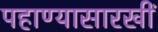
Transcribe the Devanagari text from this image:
पहाण्यासारखीं